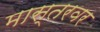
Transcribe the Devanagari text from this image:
मास्तरवर